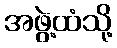
အဖွဲ့ထံသို့